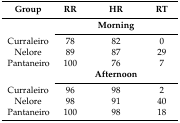
<table><thead><tr><td><b>Group</b></td><td><b>RR</b></td><td><b>HR</b></td><td><b>RT</b></td></tr></thead><tbody><tr><td></td><td colspan="3"><b>Morning</b></td></tr><tr><td>Curraleiro</td><td>78</td><td>82</td><td>0</td></tr><tr><td>Nelore</td><td>89</td><td>87</td><td>29</td></tr><tr><td>Pantaneiro</td><td>100</td><td>76</td><td>7</td></tr><tr><td></td><td></td><td><b>Afternoon</b></td><td></td></tr><tr><td>Curraleiro</td><td>96</td><td>98</td><td>2</td></tr><tr><td>Nelore</td><td>98</td><td>91</td><td>40</td></tr><tr><td>Pantaneiro</td><td>100</td><td>98</td><td>18</td></tr></tbody></table>